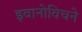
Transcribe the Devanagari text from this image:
इवानोविचने